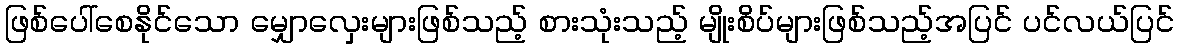
ဖြစ်ပေါ်စေနိုင်သော မျှောလှေးများဖြစ်သည့် စားသုံးသည့် မျိုးစိပ်များဖြစ်သည့်အပြင် ပင်လယ်ပြင်